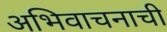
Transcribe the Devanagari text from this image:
अभिवाचनाची